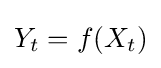
Y_{t}=f(X_{t})